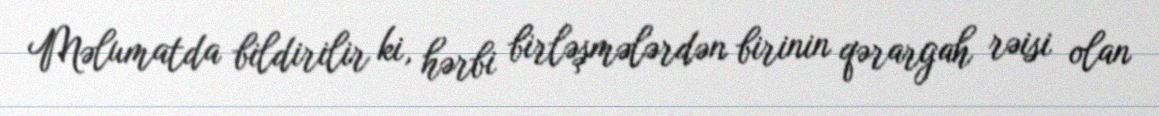
Məlumatda bildirilir ki, hərbi birləşmələrdən birinin qərargah rəisi olan